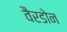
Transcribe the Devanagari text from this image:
वैरडोन